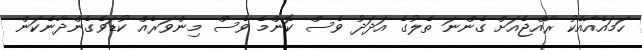
ހަމައެއާއެކު ރާއްޖެއަށް ގެންނަ ތެލުގެ އަދަދު ވެސް ކޮންމެ ވެސް މިންވަރެއް ކުޑަވެގެންދާނެކަން